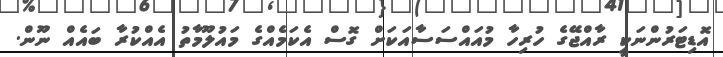
އޮޑިޓަރުންނަކީ ރާއްޖޭގެ ހުރިހާ މުއައްސަސާއަކަށް ގޮސް އެކަމެއްގެ މައުލޫމާތު އެއްކުރާ ބައެއް ނޫން.